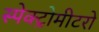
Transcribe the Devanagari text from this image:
स्पेक्ट्रोमीटरों